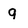
Character: q